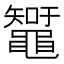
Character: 䵹